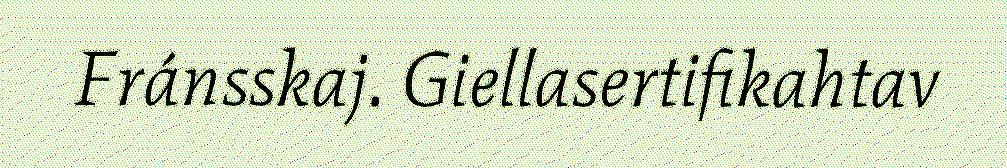
Fránsskaj. Giellasertifikahtav